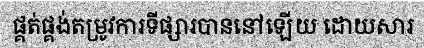
ផ្គត់ផ្គង់តម្រូវការទីផ្សារបាននៅឡើយ ដោយសារ